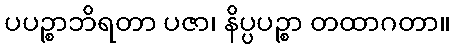
ပပဉ္စာဘိရတာ ပဇာ၊ နိပ္ပပဉ္စာ တထာဂတာ။